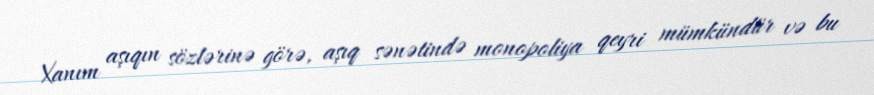
Xanım aşıqın sözlərinə görə, aşıq sənətində monopoliya qeyri mümkündür və bu